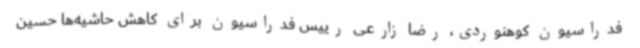
فدراسیون کوهنوردی، رضا زارعی رییس فدراسیون برای کاهش حاشیه‌ها حسین